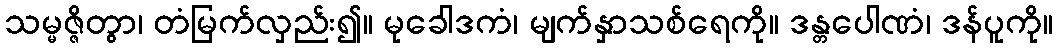
သမ္မဇ္ဇိတွာ၊ တံမြက်လှည်း၍။ မုခေါဒကံ၊ မျက်နှာသစ်ရေကို။ ဒန္တပေါဏံ၊ ဒန်ပူကို။